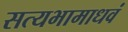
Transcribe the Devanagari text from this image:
सत्यभामाधवं